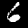
Label: 6